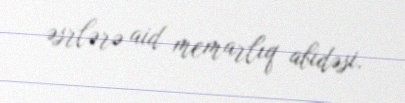
əsrlərə aid memarlıq abidəsi.